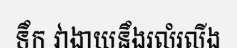
ទឹក វាងាយនឹងរលំរលីង